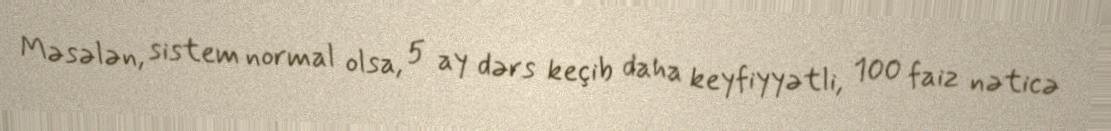
Məsələn, sistem normal olsa, 5 ay dərs keçib daha keyfiyyətli, 100 faiz nəticə